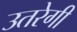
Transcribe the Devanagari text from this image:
उतरेगी